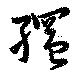
縄